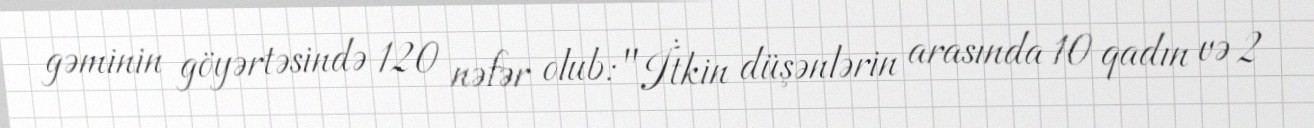
gəminin göyərtəsində 120 nəfər olub: "İtkin düşənlərin arasında 10 qadın və 2